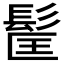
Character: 𩬹